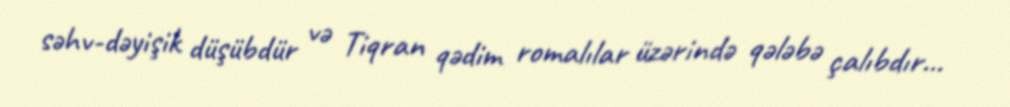
səhv-dəyişik düşübdür və Tiqran qədim romalılar üzərində qələbə çalıbdır...